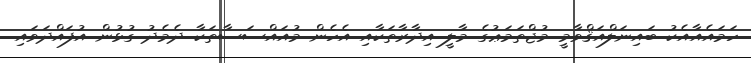
ހަމައެއާއެކު ބައިނަލްއަޤްވާމީ މުޖްތަމަޢުގެ މާލީ އިދާރާތަކާއި އެހެން މުއައްސަސާތަކާ ދެމެދު ގުޅުން އުފައްދަވައި